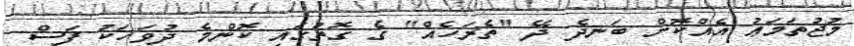
މުޖުތަމަޢު އެއްކޮށް ބަނދެ ދޭ "ތެރަހެއް" ގެ ގޮތުގައި ކޮންމެ ދުވަހަކު ފަސް